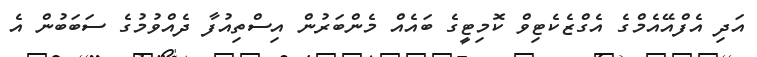
އަދި އެފްއޭއެމްގެ އެގްޒެކެޓިވް ކޮމިޓީގެ ބައެއް މެންބަރުން އިސްތިއުފާ ދެއްވުމުގެ ސަބަބުން އެ